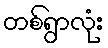
တစ်ရွာလုံး